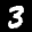
Label: 3